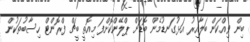
ބިން ވިއްކަން ބަލާއިރު އަޅުގަނޑުމެން ބޮޑަށް ޕްލޭންކޮށްފަ މިއޮތީ ބީޗް ފްރޮންޓް ހިސާބުތަކުން